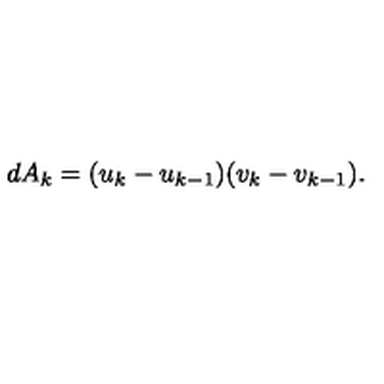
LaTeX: d A _ { k } = ( u _ { k } - u _ { k - 1 } ) ( v _ { k } - v _ { k - 1 } ) .